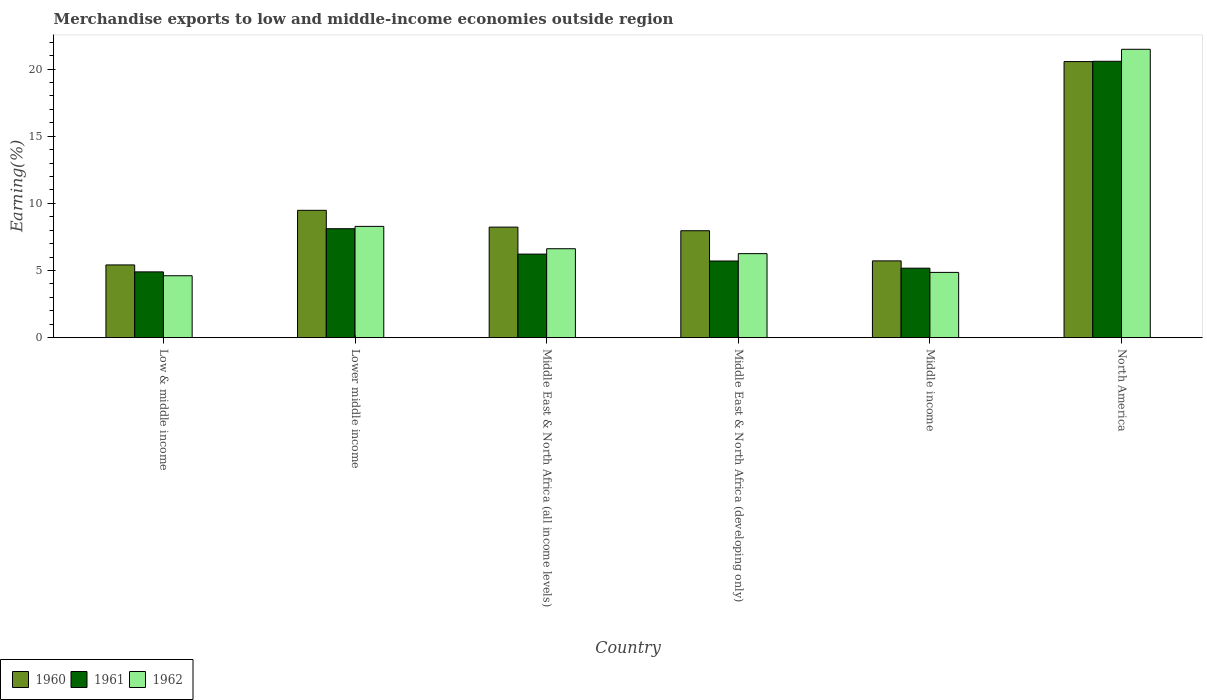
| Country | 1960 | 1961 | 1962 |
 | --- | --- | --- | --- |
 | Low & middle income | 5.42 | 4.9 | 4.61 |
 | Lower middle income | 9.48 | 8.11 | 8.29 |
 | Middle East & North Africa (all income levels) | 8.23 | 6.22 | 6.62 |
 | Middle East & North Africa (developing only) | 7.96 | 5.71 | 6.26 |
 | Middle income | 5.72 | 5.17 | 4.86 |
 | North America | 20.6 | 20.6 | 21.5 |